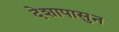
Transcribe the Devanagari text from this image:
देशापासुन